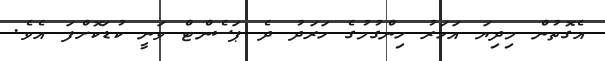
އެގޮތުން މިދިޔަ އަހަރު ހިންގުމުގެ ހަރަދު ދެ ޕަސެންޓް ވަނީ ކުޑަކޮށްފަ އެވެ.